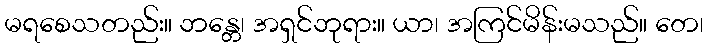
မရစေသတည်း။ ဘန္တေ၊ အရှင်ဘုရား။ ယာ၊ အကြင်မိန်းမသည်။ တေ၊